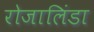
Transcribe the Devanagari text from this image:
रोजालिंडा